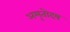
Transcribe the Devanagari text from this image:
अमृतोदय